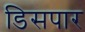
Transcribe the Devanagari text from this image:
डिसपार